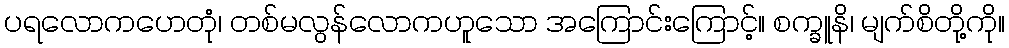
ပရလောကဟေတုံ၊ တစ်မလွန်လောကဟူသော အကြောင်းကြောင့်။ စက္ခူနိ၊ မျက်စိတို့ကို။